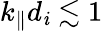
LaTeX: k_{\parallel}d_{\mathit{i}}\lesssim1